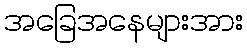
အခြေအနေများအား